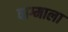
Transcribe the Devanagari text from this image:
वाग्माला